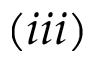
( i i i )